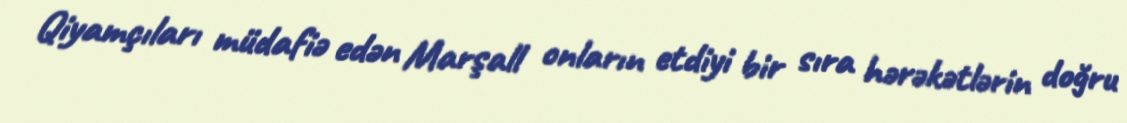
Qiyamçıları müdafiə edən Marşall onların etdiyi bir sıra hərəkətlərin doğru